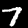
Label: 7